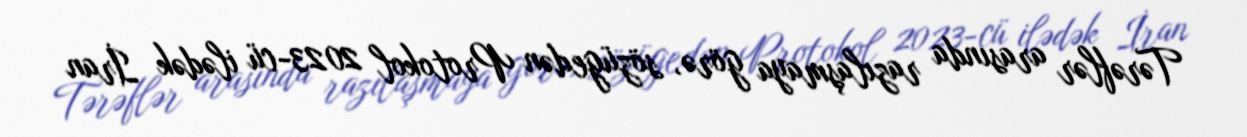
Tərəflər arasında razılaşmaya görə, sözügedən Protokol 2023-cü ilədək İran